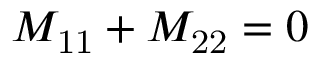
M _ { \mathrm { 1 1 } } + M _ { \mathrm { 2 2 } } = 0